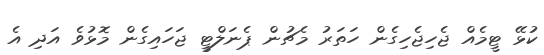
ކުޅޭ ޓީމެއް ޖެހިޖެހިގެން ހަތަރު މެޗުން ޕެނަލްޓީ ޖަހައިގެން މޮޅުވެ އަދި އެ